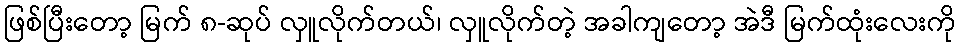
ဖြစ်ပြီးတော့ မြက် ၈-ဆုပ် လှူလိုက်တယ်၊ လှူလိုက်တဲ့ အခါကျတော့ အဲဒီ မြက်ထုံးလေးကို